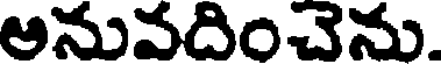
అనువదించెను.